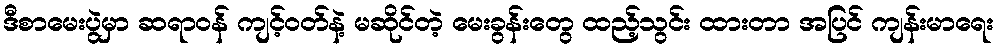
ဒီစာမေးပွဲမှာ ဆရာဝန် ကျင့်ဝတ်နဲ့ မဆိုင်တဲ့ မေးခွန်းတွေ ထည့်သွင်း ထားတာ အပြင် ကျန်းမာရေး